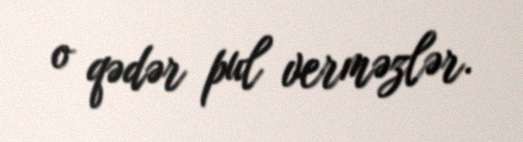
o qədər pul verməzlər.